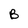
Character: B